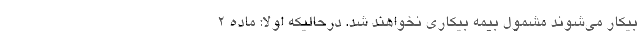
بیکار می‌شوند مشمول بیمه بیکاری نخواهند شد. درحالیکه اولاً: ماده ۲